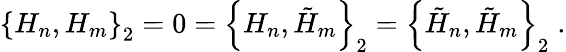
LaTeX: \left\{ H_{n},H_{m}\right\} _{2}=0=\left\{ H_{n},\tilde{H}_{m}\right\} _{2}=\left\{ \tilde{H}_{n},\tilde{H}_{m}\right\} _{2}\; .